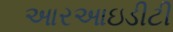
આરઆઇડીટી